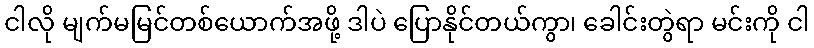
ငါလို မျက်မမြင်တစ်ယောက်အဖို့ ဒါပဲ ပြောနိုင်တယ်ကွာ၊ ခေါင်းတွဲရာ မင်းကို ငါ